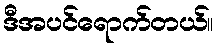
ဒီအပင်ရောက်တယ်။